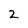
Character: 2